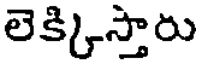
లెక్కిస్తారు